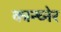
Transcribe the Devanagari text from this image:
कान्च्नेर